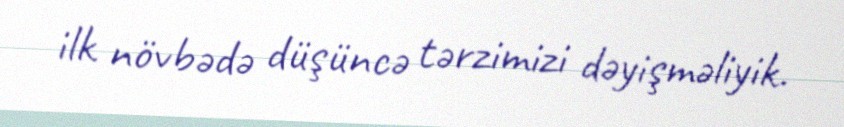
ilk növbədə düşüncə tərzimizi dəyişməliyik.